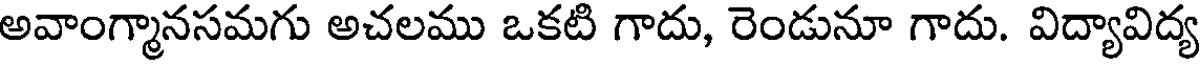
అవాంగ్మానసమగు అచలము ఒకటి గాదు, రెండునూ గాదు. విద్యావిద్య